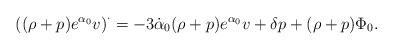
LaTeX: \begin{align*}\left( (\rho+p) e^{\alpha_0} v\right)^{\cdot}= -3 \dot{\alpha}_0 (\rho+p) e^{\alpha_0} v + \delta p +(\rho+p) \Phi_0.\end{align*}